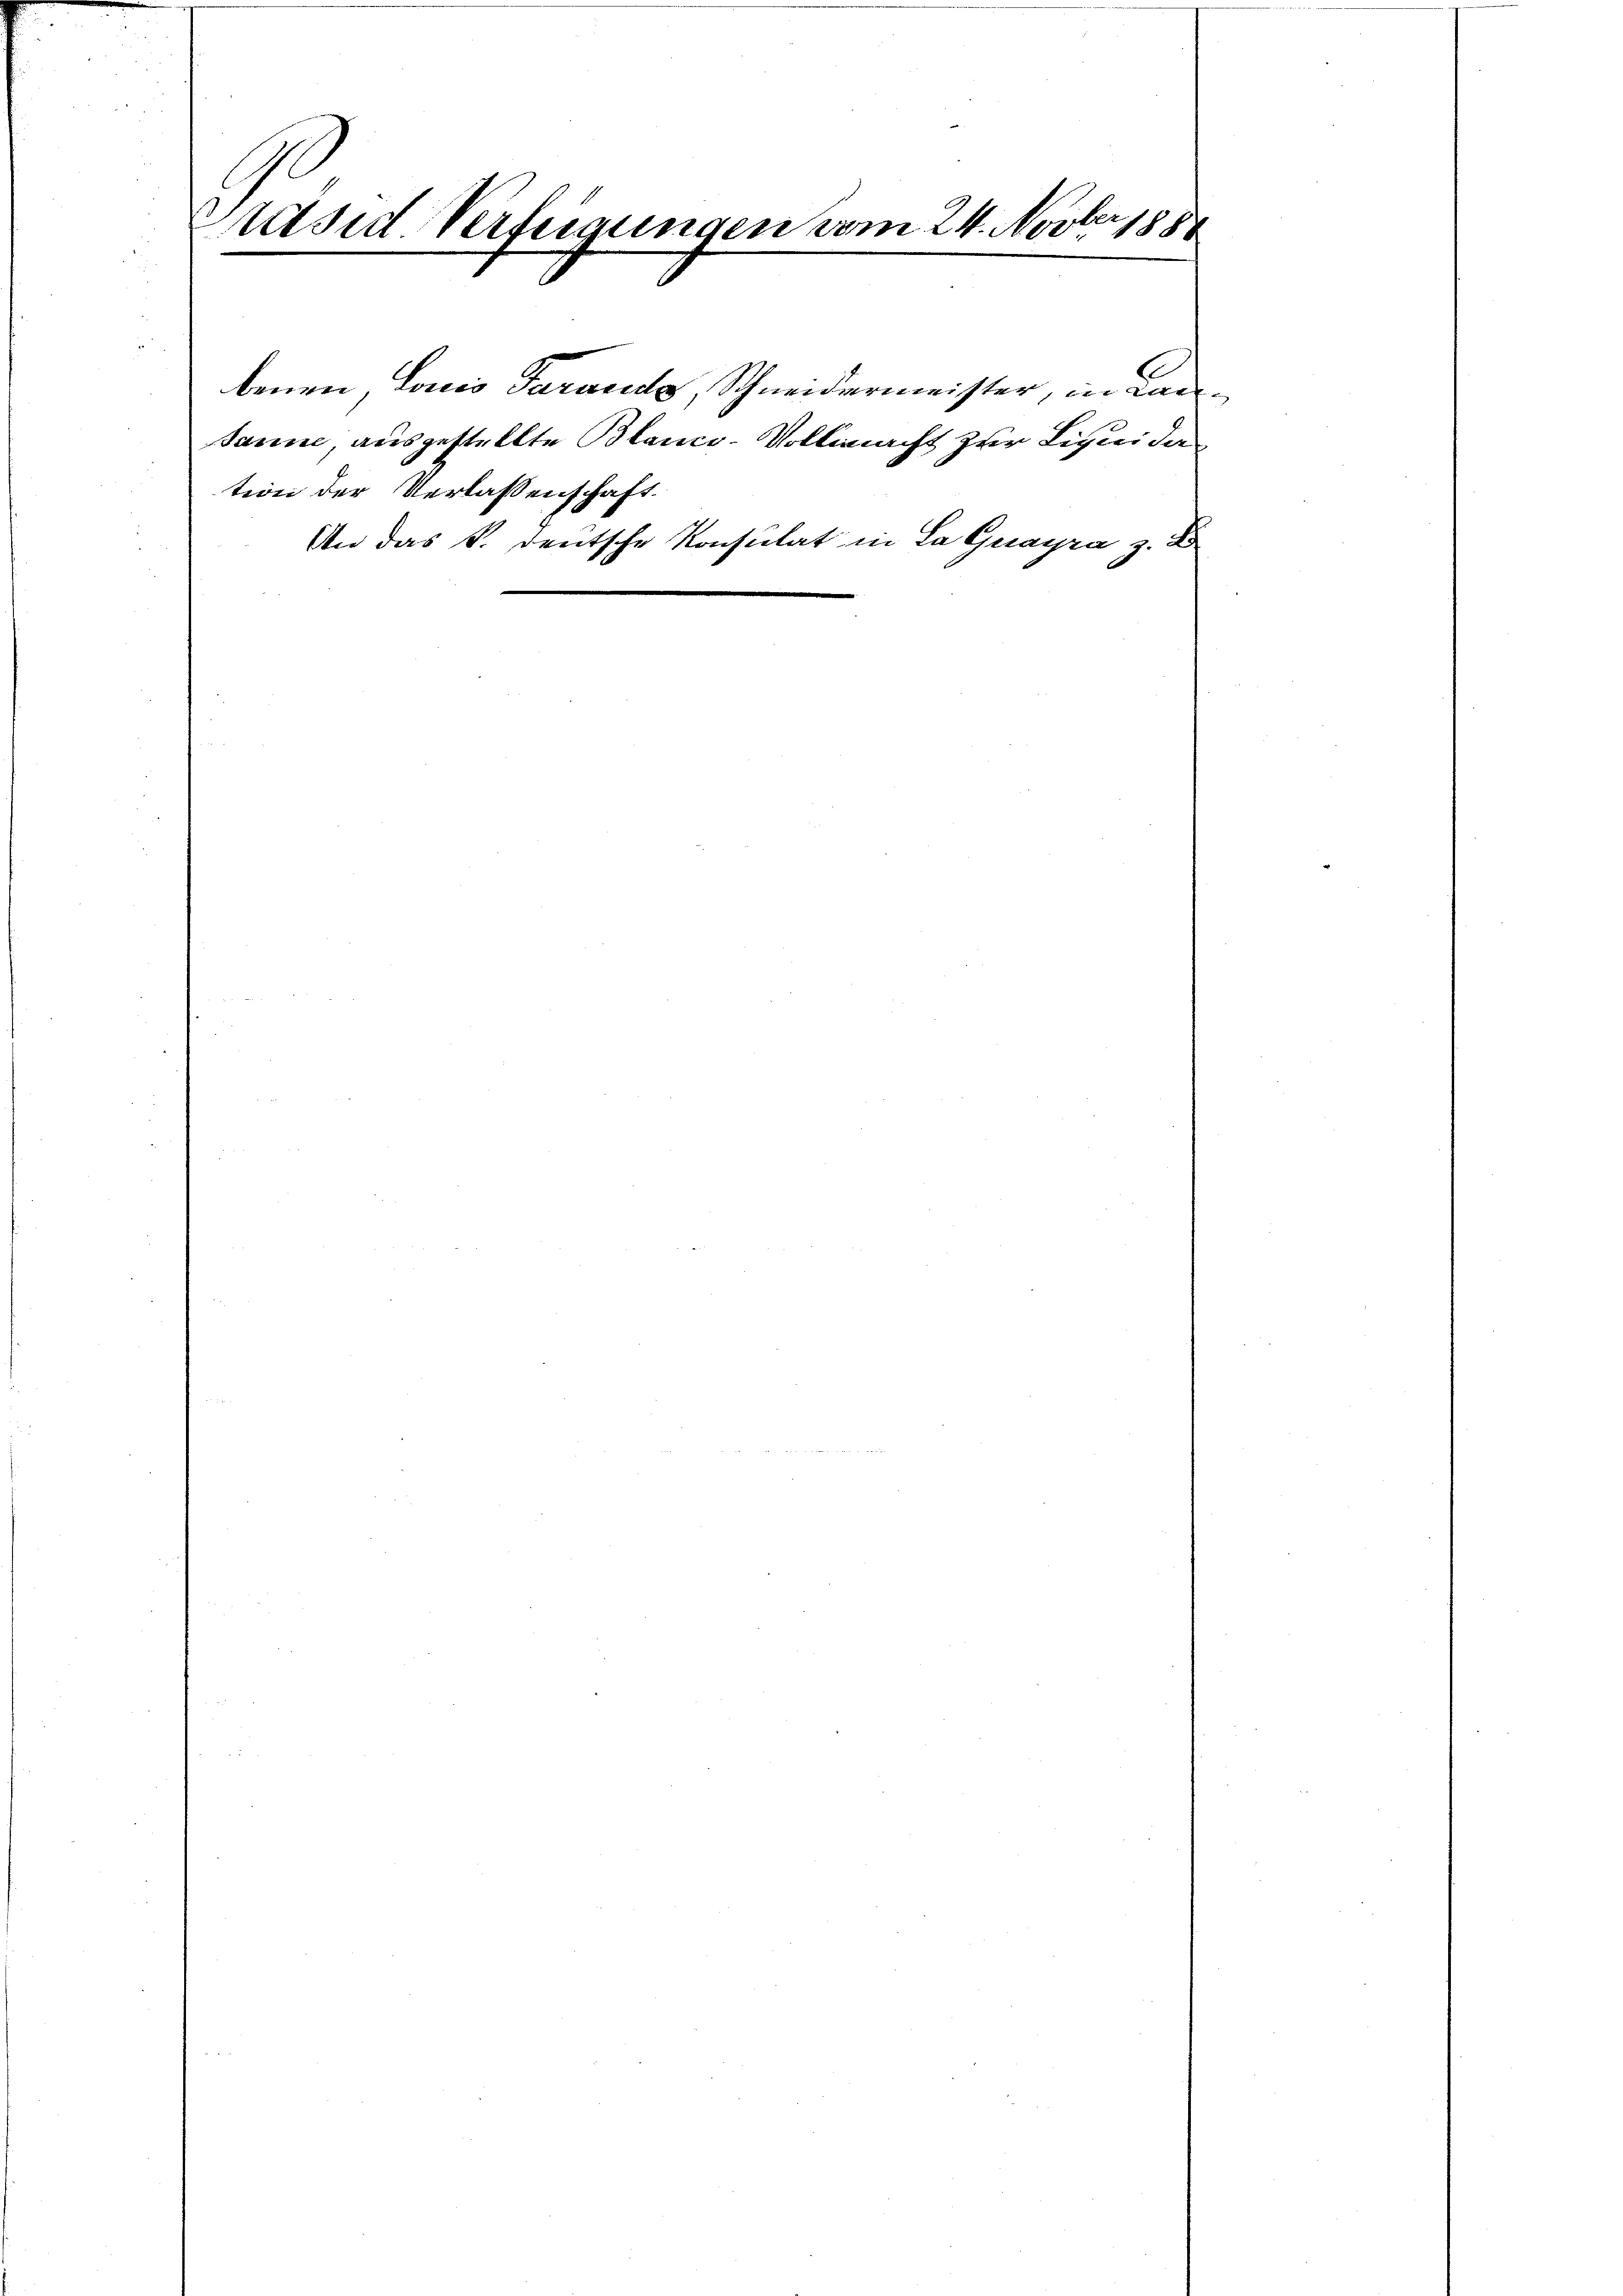
Präsid. Verfügungen vom 24. Novber 1888

benen, Louis darands, Schneidermeister, in Lansanne, ausgestellte Blanco-Vollmacht zur Liquida
tion der Verlassenschaft.
An das k. deutsche Konsulat in La Guayra z. B

E